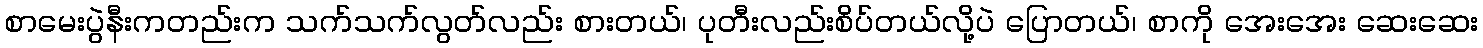
စာမေးပွဲနီးကတည်းက သက်သက်လွတ်လည်း စားတယ်၊ ပုတီးလည်းစိပ်တယ်လို့ပဲ ပြောတယ်၊ စာကို အေးအေး ဆေးဆေး